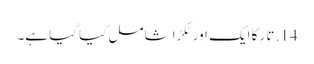
14. تار کا ایک اور ٹکڑا شامل کیا گیا ہے۔